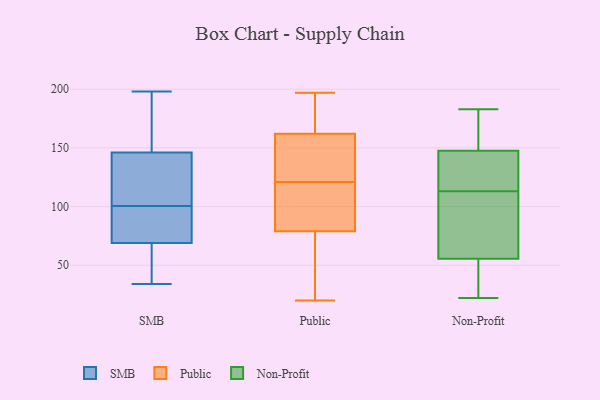
{"axis": {"x": "Revenue (USD Million)", "y": "Value"}, "legend": ["Non-Profit", "Public", "SMB"], "data": [{"x": "", "y": 155, "type": "SMB"}, {"x": "", "y": 104, "type": "SMB"}, {"x": "", "y": 121, "type": "SMB"}, {"x": "", "y": 82, "type": "SMB"}, {"x": "", "y": 116, "type": "SMB"}, {"x": "", "y": 67, "type": "SMB"}, {"x": "", "y": 97, "type": "SMB"}, {"x": "", "y": 137, "type": "SMB"}, {"x": "", "y": 71, "type": "SMB"}, {"x": "", "y": 56, "type": "SMB"}, {"x": "", "y": 168, "type": "SMB"}, {"x": "", "y": 196, "type": "SMB"}, {"x": "", "y": 75, "type": "SMB"}, {"x": "", "y": 34, "type": "SMB"}, {"x": "", "y": 198, "type": "SMB"}, {"x": "", "y": 50, "type": "SMB"}, {"x": "", "y": 90, "type": "Public"}, {"x": "", "y": 165, "type": "Public"}, {"x": "", "y": 80, "type": "Public"}, {"x": "", "y": 39, "type": "Public"}, {"x": "", "y": 153, "type": "Public"}, {"x": "", "y": 134, "type": "Public"}, {"x": "", "y": 20, "type": "Public"}, {"x": "", "y": 108, "type": "Public"}, {"x": "", "y": 155, "type": "Public"}, {"x": "", "y": 79, "type": "Public"}, {"x": "", "y": 57, "type": "Public"}, {"x": "", "y": 167, "type": "Public"}, {"x": "", "y": 162, "type": "Public"}, {"x": "", "y": 197, "type": "Public"}, {"x": "", "y": 81, "type": "Non-Profit"}, {"x": "", "y": 109, "type": "Non-Profit"}, {"x": "", "y": 22, "type": "Non-Profit"}, {"x": "", "y": 115, "type": "Non-Profit"}, {"x": "", "y": 164, "type": "Non-Profit"}, {"x": "", "y": 33, "type": "Non-Profit"}, {"x": "", "y": 152, "type": "Non-Profit"}, {"x": "", "y": 47, "type": "Non-Profit"}, {"x": "", "y": 183, "type": "Non-Profit"}, {"x": "", "y": 134, "type": "Non-Profit"}, {"x": "", "y": 113, "type": "Non-Profit"}]}